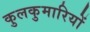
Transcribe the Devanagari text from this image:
कुलकुमारियों